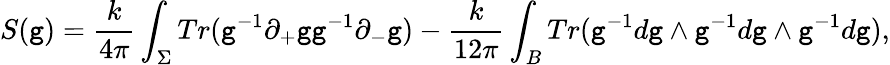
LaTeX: S(\mathtt{g})=\frac{{k}}{{4\pi}}\int_{\Sigma}Tr(\mathtt{g}^{-1}\partial_{+}\mathtt{g}\mathtt{g}^{-1}\partial_{-}\mathtt{g})-\frac{{k}}{{12\pi}}\int_{B}Tr(\mathtt{g}^{-1}d\mathtt{g}\wedge\mathtt{g}^{-1}d\mathtt{g}\wedge\mathtt{g}^{-1}d\mathtt{g}),